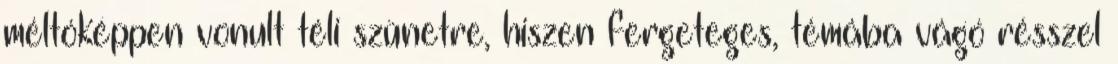
méltóképpen vonult téli szünetre, hiszen fergeteges, témába vágó résszel